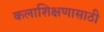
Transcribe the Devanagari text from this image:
कलाशिक्षणासाठी